Civil Veterinary Department Bengal reports 1923-33 - 1923-1933
Year: 1923
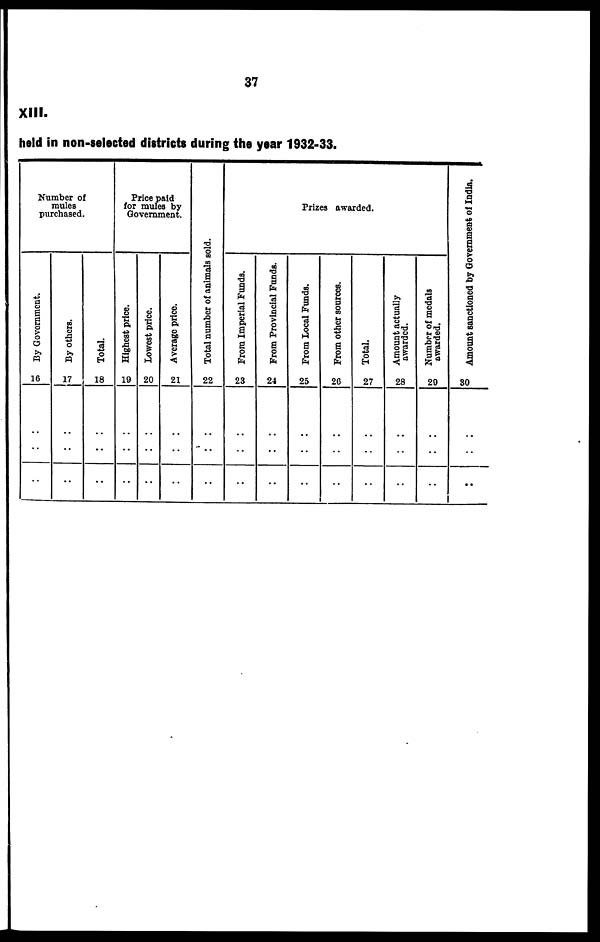
37
XIII.
held in non-selected districts during the year 1932-33.
Number of
mules
purchased.
By Government.
16
..
..
..
By others.
17
..
..
..
Total.
18
..
..
..
Price paid
for mules by
Government.
Highest price.
19
..
..
..
Lowest price.
20
..
..
..
Average price.
21
..
..
..
Total number of animals sold.
22
..
..
..
Prizes awarded.
From Imperial Funds.
23
..
..
..
From Provincial Funds.
24
..
..
..
From Local Funds.
25
..
..
..
From other sources.
26
..
..
..
Total.
27
..
..
..
Amount actually
awarded.
28
..
..
..
Number
of medals
awarded.
29
..
..
..
Amount sanctioned by Government of India.
30
..
..
..